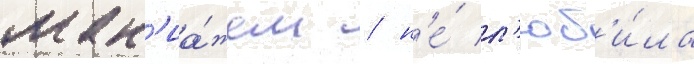
мак'иа́жем / н'е́ л'юб'и́ла